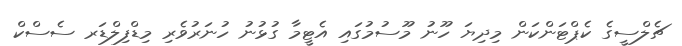
ޗެލްސީގެ ކެޕްޓަންކަން މިދިޔަ ހޫނު މޫސުމުގައި އެޓީމާ ގުޅުނު ހުނަރުވެރި މިޑްފިލްޑަރ ސެސްކް